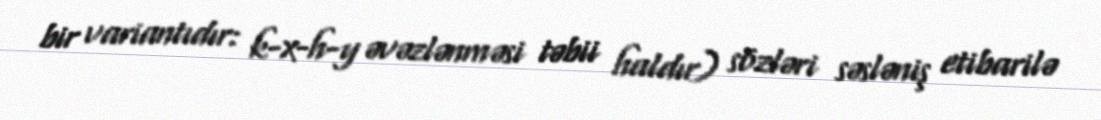
bir variantıdır: k-x-h-y əvəzlənməsi təbii haldır) sözləri səsləniş etibarilə